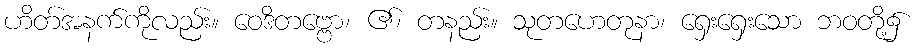
ဟိတ်အနက်ကိုလည်း။ ဝေဒိတဗ္ဗော၊ ၏၊ တနည်း။ သုတဟေတုနာ၊ ရှေးရှေးသော ဘဝတို့၌